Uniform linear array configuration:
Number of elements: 16
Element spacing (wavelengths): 0.75
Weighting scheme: uniform
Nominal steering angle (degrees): -45
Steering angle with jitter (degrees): -44.548
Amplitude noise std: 0.05
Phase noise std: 0.05

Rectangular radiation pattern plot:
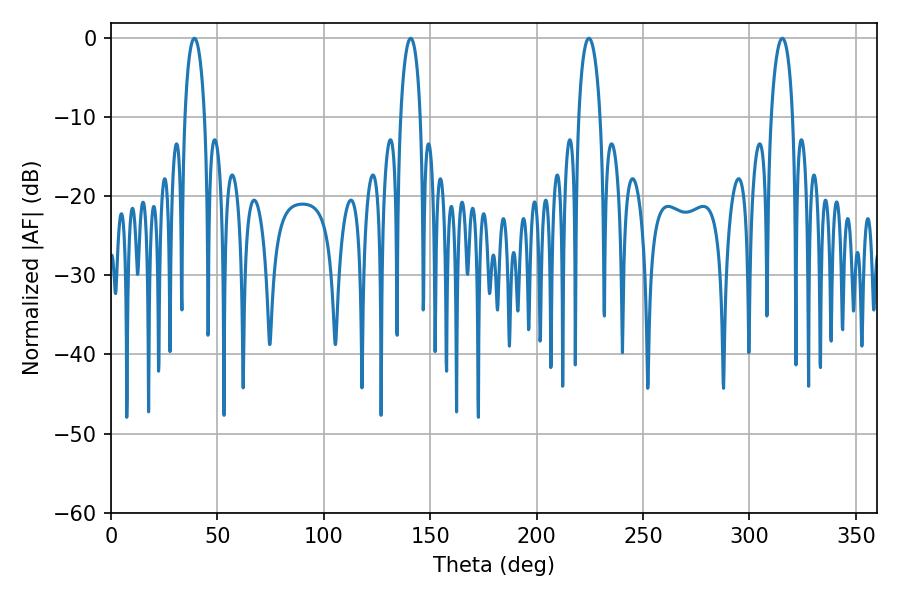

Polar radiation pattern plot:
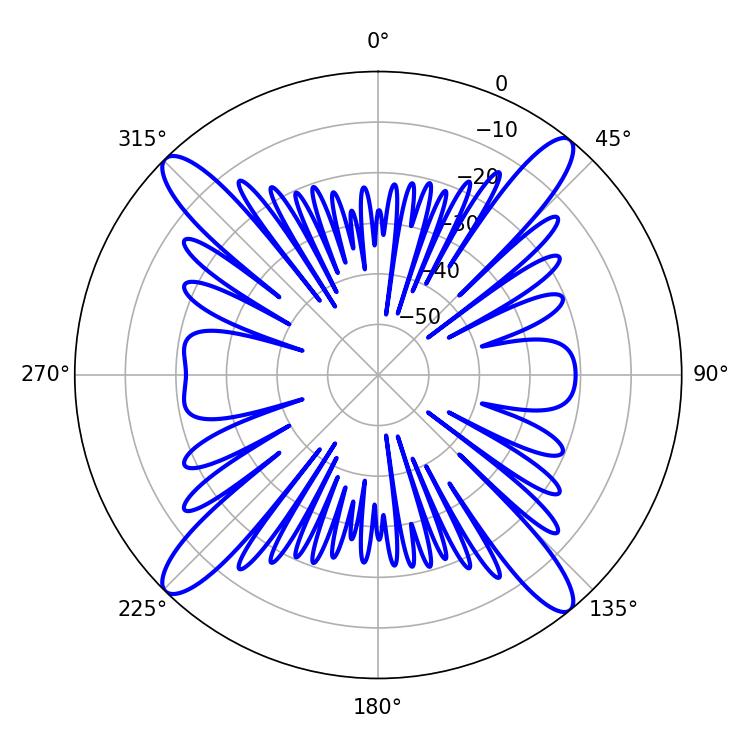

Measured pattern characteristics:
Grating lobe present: TRUE
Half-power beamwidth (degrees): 5.4
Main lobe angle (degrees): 39.24